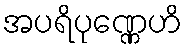
အပရိပုဏ္ဏေဟိ